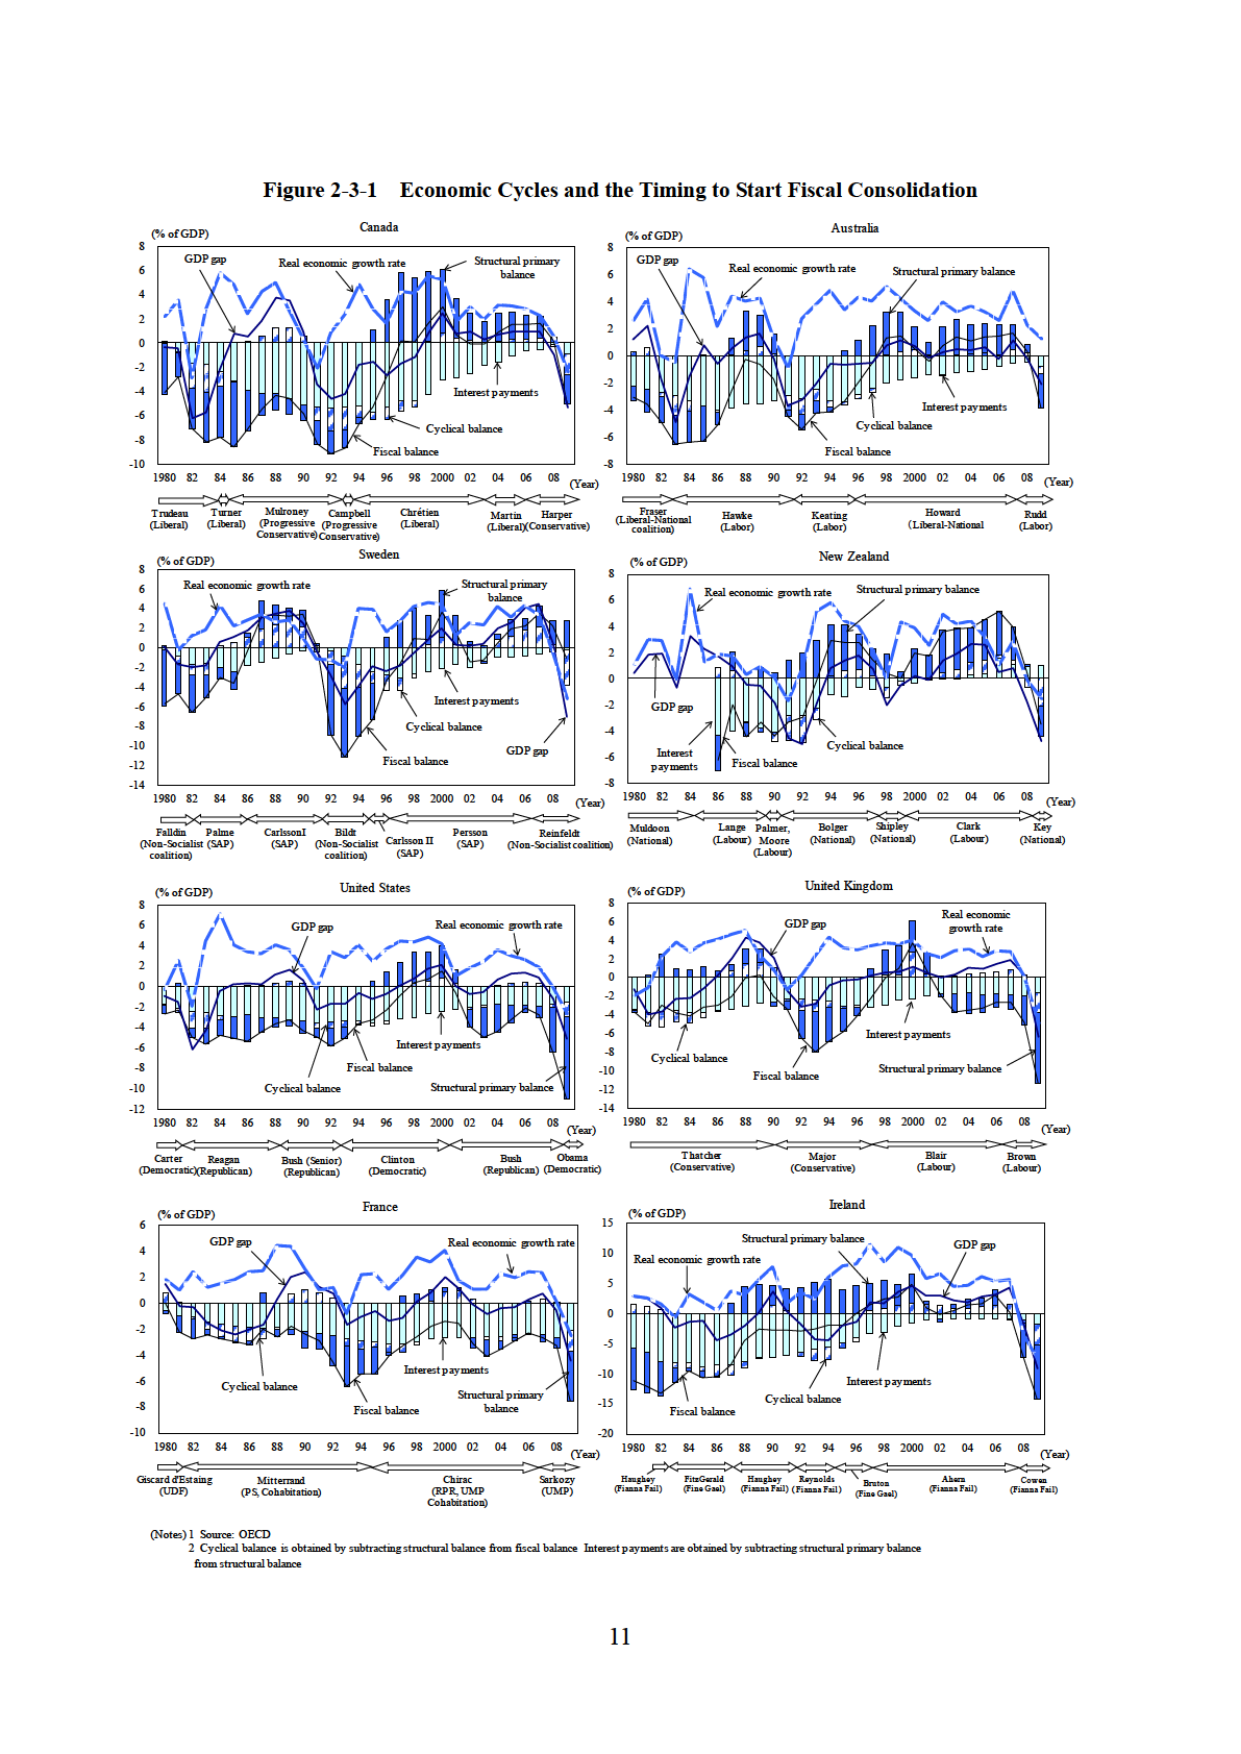
Figure 2-3-1 Economic Cycles and the Timing to Start Fiscal Consolidation

Canada
(% of GDP)
GDP gap
Real economic growth rate
Structural primary balance
Interest payments
Cyclical balance
Fiscal balance
1980 82 84 86 88 90 92 94 96 98 2000 02 04 06 08 (Year)
Trudeau (Liberal) Turner (Liberal) Mulroney (Progressive Conservative) Campbell (Progressive Conservative) Chrétien (Liberal) Martin (Liberal) Harper (Conservative)

Australia
(% of GDP)
GDP gap
Real economic growth rate
Structural primary balance
Interest payments
Cyclical balance
Fiscal balance
1980 82 84 86 88 90 92 94 96 2000 02 04 06 08 (Year)
Fraser (Liberal-National) Hawke (Labor) Keating (Labor) Howard (Liberal-National) Rudd (Labor)

Sweden
(% of GDP)
Real economic growth rate
Structural primary balance
Interest payments
Cyclical balance
Fiscal balance
GDP gap
1980 82 84 86 88 90 92 94 96 98 2000 02 04 06 08 (Year)
Fälldin (Non-Socialist coalition) Palme (SAP) Carlsson (SAP) Bilt (Non-Socialist coalition) Carlsson II (SAP) Persson (SAP) Reinfeldt (Non-Socialist coalition)

New Zealand
(% of GDP)
Real economic growth rate
Structural primary balance
GDP gap
Interest payments
Cyclical balance
Fiscal balance
1980 82 84 86 88 90 92 94 96 98 2000 02 04 06 08 (Year)
Muldoon (National) Lange (Labour) Palmer/Moore (Labour) Bolger (National) Shipley (National) Clark (Labour) Key (National)

United States
(% of GDP)
GDP gap
Real economic growth rate
Interest payments
Fiscal balance
Cyclical balance
Structural primary balance
1980 82 84 86 88 90 92 94 96 98 2000 02 04 06 08 (Year)
Carter (Democratic) Reagan (Republican) Bush (Senior) (Republican) Clinton (Democratic) Bush (Republican) Obama (Democratic)

United Kingdom
(% of GDP)
GDP gap
Real economic growth rate
Interest payments
Cyclical balance
Fiscal balance
Structural primary balance
1980 82 84 86 88 90 92 94 96 98 2000 02 04 06 08 (Year)
Thatcher (Conservative) Major (Conservative) Blair (Labour) Brown (Labour)

France
(% of GDP)
GDP gap
Real economic growth rate
Interest payments
Cyclical balance
Fiscal balance
Structural primary balance
1980 82 84 86 88 90 92 94 96 98 2000 02 04 06 08 (Year)
Giscard d'Estaing (UDF) Mitterrand (PS, Cohabitation) Chirac (RPR, UMP Cohabitation) Sarkozy (UMP)

Ireland
(% of GDP)
Real economic growth rate
Structural primary balance
GDP gap
Interest payments
Cyclical balance
Fiscal balance
1980 82 84 86 88 90 92 94 96 98 2000 02 04 06 08 (Year)
Haughey (Fianna Fáil) FitzGerald (Fine Gael) Haughey (Fianna Fáil) Reynolds (Fianna Fáil) Bruton (Fine Gael) Ahern (Fianna Fáil) Cowen (Fianna Fáil)

(Notes) 1. Source: OECD
2. Cyclical balance is obtained by subtracting structural balance from fiscal balance. Interest payments are obtained by subtracting structural primary balance from structural balance.

11